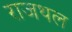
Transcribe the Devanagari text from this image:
राजथल